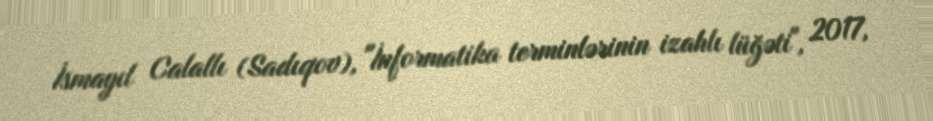
İsmayıl Calallı (Sadıqov), "İnformatika terminlərinin izahlı lüğəti", 2017,